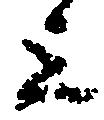
上